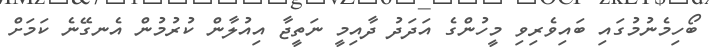
ބޯހިމެނުމުގައި ބައިވެރިވި މީހުންގެ އަދަދު ދާއިމީ ނަތީޖާ އިއުލާން ކުރުމުން އެނގޭނެ ކަމަށް